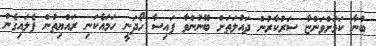
ބުނާ ކަމަށްވަންޏާ ސަރުކާރުން ދައުލަތަށް ބޭނުންވާ ފައިސާ ހޯދަނީ ހަމައެކަނި ރައްޔިތުން ފެލައިގެން